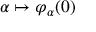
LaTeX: \alpha \mapsto \varphi _ { \alpha } ( 0 )